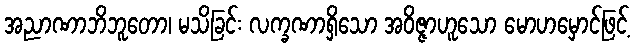
အညာဏာဘိဘူတော၊ မသိခြင်း လက္ခဏာရှိသော အဝိဇ္ဇာဟူသော မောဟမှောင်ဖြင့်